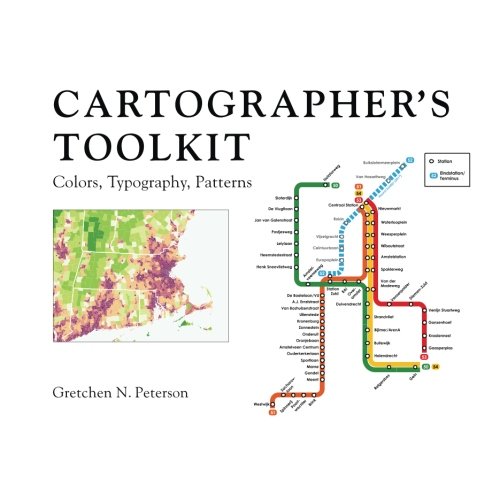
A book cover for Cartographer's Toolkit: Colors, Typography, Patterns; Gretchen N Peterson; Science & Math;